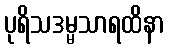
ပုရိသဒမ္မသာရထိနာ